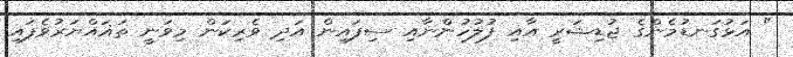
" އަޅުގަނޑުމެންގެ ޖުޑިޝަރީ އާއި ފުލުހުންނާއި ސިފައިން އަދި ވެރިކަން މިވަނީ ތަޣައްޔަރުވެފައި